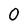
Character: 0